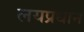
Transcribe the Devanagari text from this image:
लयप्रधान